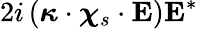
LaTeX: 2i\left(\boldsymbol{\kappa}\cdot\boldsymbol{\chi}_{s}\cdot\mathbf{E}\right)\mathbf{E}^{*}